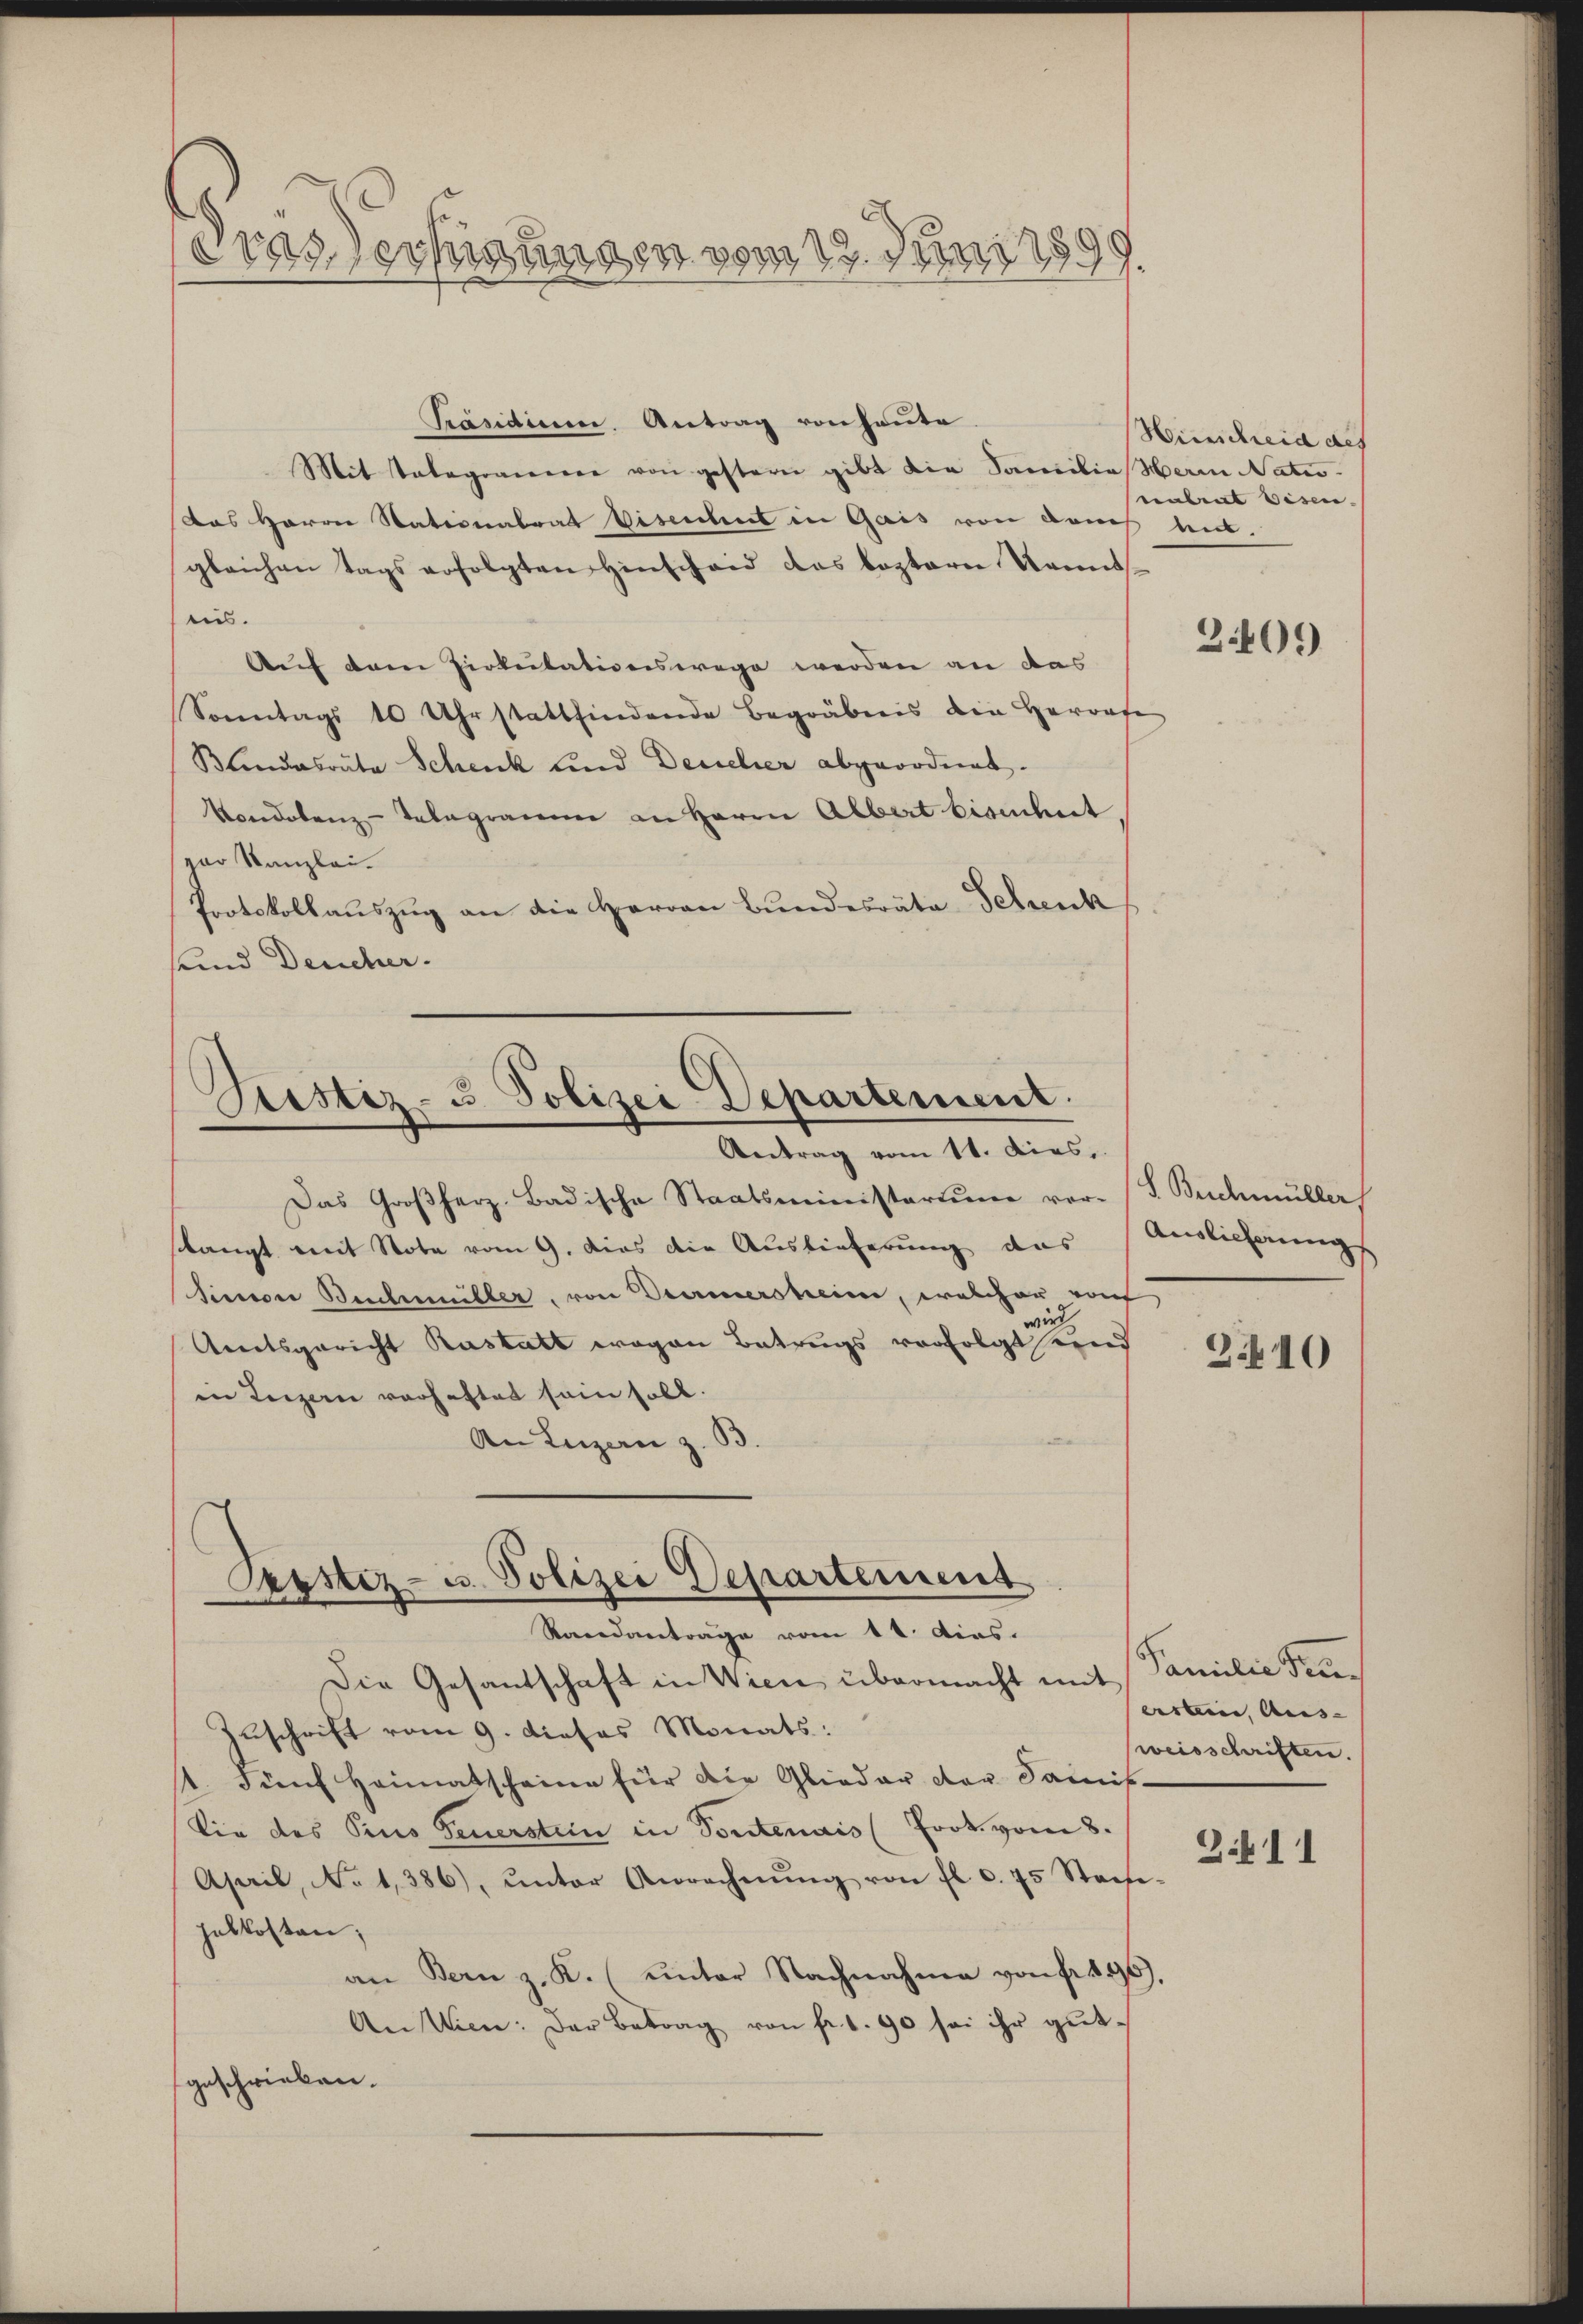
Dras Verfügungen vom 17. Juni 1899

Präsidium. Antrag von heute
Mit Telegrammer von gestern gibt die Samilie Herrn Nates.
das Herrn Stationalrat Bisenhut in Gais von dans mit
gleichen Tags erfolgten Hinscheid das bestern Kennteis.
Auf dem Zirkulationswege werden an das
Sonntags 10 Uhr stattfindende Begräbens die Herorte
Bundesrata Schenk und Deucher abgeordnet.
Vondolenz-Telegramm an Herrn Albert biendent
par Kanzlei-
Protokollauszug an die Herren Bundesrata Schenk
sund Deucher.

Pristiz- u. Polizei Departement.
Antrag vom 11. Dies

Orpstiz- u. Polizei Departement
Randantrage vom 14. dies.

Das Großherz-Badische Staatsministerium vor-
stlangt mit Stote vom 9. dies die Auslieferung das
Simon Beschmüller, von Vermersheim, welcher von
wird
Areitsgericht Rastalt wegen Betrugs verfolgt und
in Luzern verhaftet sein soll.
An Luzern z. B.

Die Gesantschaft in Wien übermacht mit Familie Fra¬
Zuschrift vom 9. dieses Monats:
1. Fünf Heimatscheine für die Glieder der Sanit
Vie des Pius Feuerstein in Sontenais (Frok. vom 8.
April, No 1386), unter Anrechnŭng von fl. c. 75 Stech-
helkosten;
an Bern z. K. (unter Nachnahme von fr. 190.
An Wien: Der Betrag von fr. 1. 90 sei ihr gutgeschrieben.

Hinscheid als
nabent Eisen.

2409

S. Beichmüller
Auslicherung

340

ersteine Aus- |
weisschriften.

3.11